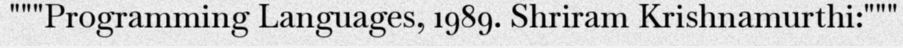
"""Programming Languages, 1989. Shriram Krishnamurthi:"""